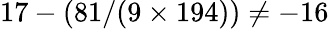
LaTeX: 17-(81/(9\times 194))\neq-16